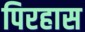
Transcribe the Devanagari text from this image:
पिरहास